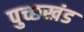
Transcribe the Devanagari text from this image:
पुच्छखंड